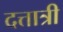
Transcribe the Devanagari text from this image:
दत्तात्री